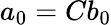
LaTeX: a_{0}=Cb_{0}